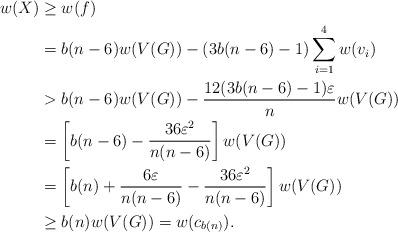
LaTeX: \begin{align*}w(X)&\ge w(f)\\&= b(n-6)w(V(G))-(3b(n-6)-1)\sum_{i=1}^4w(v_i)\\&> b(n-6)w(V(G))-\frac{12(3b(n-6)-1)\varepsilon}{n} w(V(G))\\&= \left[b(n-6)-\frac{36\varepsilon^2}{n(n-6)}\right]w(V(G))\\&= \left[b(n)+\frac{6\varepsilon}{n(n-6)}-\frac{36\varepsilon^2}{n(n-6)}\right]w(V(G))\\&\ge b(n)w(V(G))=w(c_{b(n)}).\end{align*}